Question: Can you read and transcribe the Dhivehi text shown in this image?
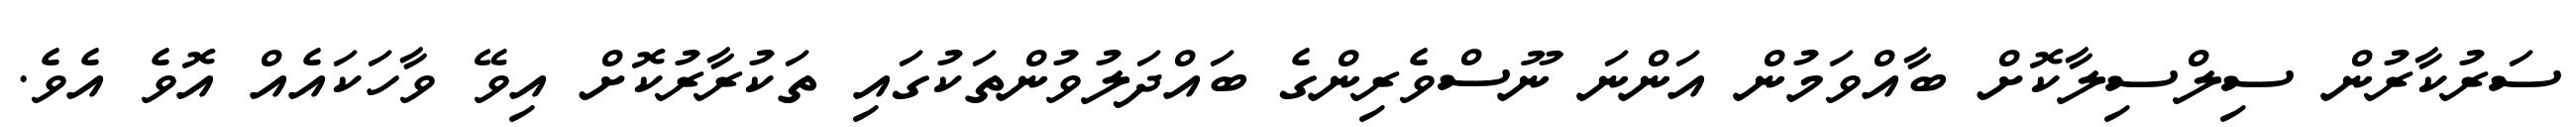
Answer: ސަރުކާރުން ސިލްސިލާކޮށް ބާއްވަމުން އަންނަ ނޫސްވެރިންގެ ބައްދަލުވުންތަކުގައި ތަކުރާރުކޮށް އިވޭ ވާހަކައެއް އޮވެ އެވެ.